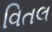
વિતલ